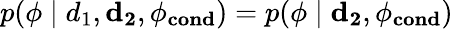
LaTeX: p(\mathbf{\phi}\mid d_{1},\mathbf{d_{2}},\mathbf{\phi_{cond}})=p(\mathbf{\phi}\mid\mathbf{d_{2}},\mathbf{\phi_{cond}})